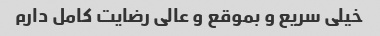
خیلی سریع و بموقع و عالی رضایت کامل دارم